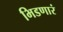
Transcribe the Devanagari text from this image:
भिडणारं